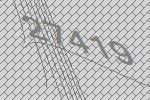
27419